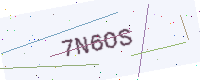
Text: 7N6OS